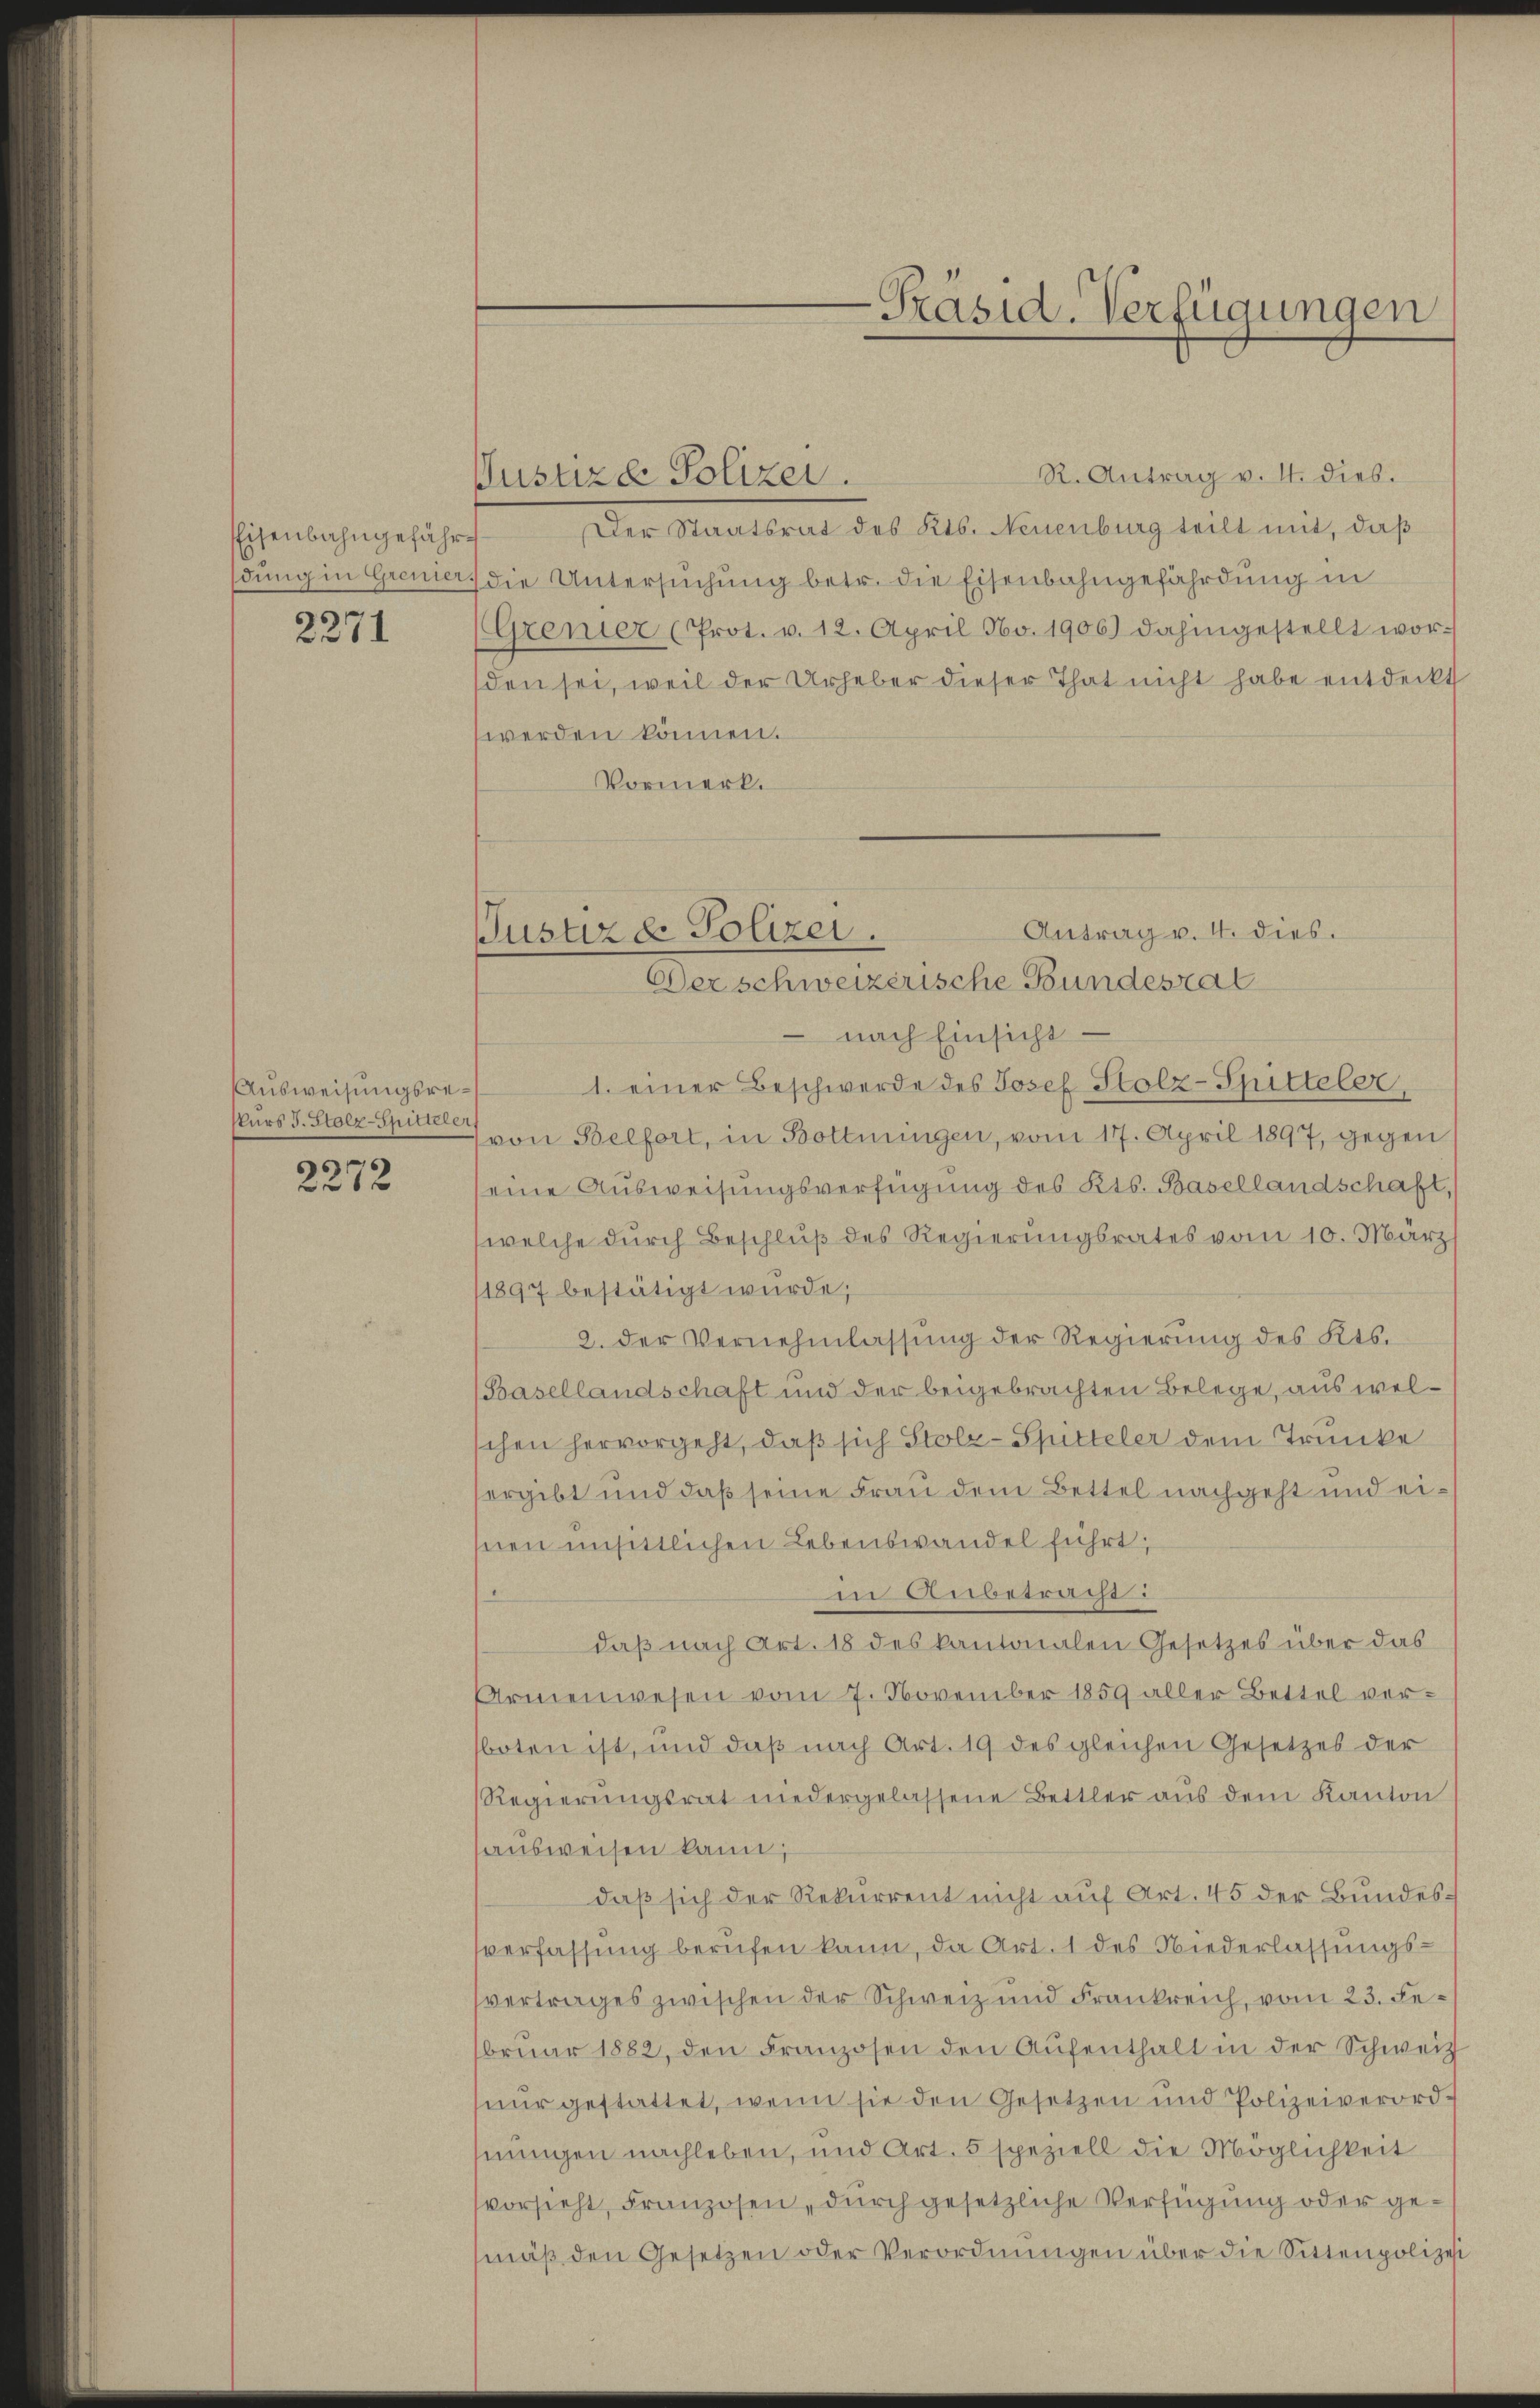
Eisenbahngefährdung in Grenier

2271

Ausweisungsrekurs J. Stolz-Spitteler

2272

Justiz d. Polizei.

-Präsid. Verfügungen

R. Antrag v. 4. dies.
Kustiza Polizei.
Der Staatsrat des Kts. Neuenburg teilt mit, daß
die Untersuchung betr. die Eisenbahngefährdung in
(Grenter (Prot. v. 12. April No. 1906) dahingestellt wor-
den sei, weil der Urheber dieser That nicht habe entdeckt
werden können.
Vormerk.

Derschweizerische Bundesrat
nach Einsicht
1. einer Beschwerde des Josef Stolz-Spitteler,
von Belfort, in Bottnungen, vom 17. April 1897, gegen
eine Ausweisungsverfügung des Kts. Basellandschaft,
welche durch Beschluß des Regierungsrates vom 10. März
1897 bestätigt wurde;
2. der Vernehmlassung der Regierung des Kts.
Basellandschaft und der beigebrachten Belege, aus welchen hervorgeht, daß sich Stolz-Spitteler dem Trunke
ergibt und daß seine Frau dem Bettel nachgeht und einen unsittlichen Lebenswandel führt;
 Anbetracht:
daß nach Art. 18 des kantonalen Gesetzes über das
Armenwesen vom 7. November 1859 aller Bettel verboten ist, und daß nach Art. 19 des gleichen Gesetzes der
Regierungsrat niedergelassene Bettler aus dem Kanton
ausweisen kann;
daß sich der Rekurrent nicht auf Art. 45 der Bundessverfassung berufen kann, da Art. 1 des Niederlassungs-
svertrages zwischen der Schweiz und Frankreich, vom 23. Februar 1882, den Franzosen den Aufenthalt in der Schweiz
nur gestattet, wenn sie den Gesetzen und Polizeiverordnungen nachleben, und Art. 5 speziell die Möglichkeit
vorsieht, Franzosen, durch gesetzliche Verfügung oder gemäβ den Gesetzen oder Verordnŭngen über die Sittenpolizei

Antrag v. 4. dies.